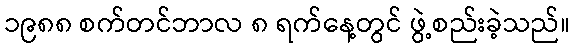
၁၉၈၈ စက်တင်ဘာလ ၈ ရက်နေ့တွင် ဖွဲ့စည်းခဲ့သည်။